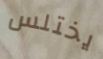
يختلس